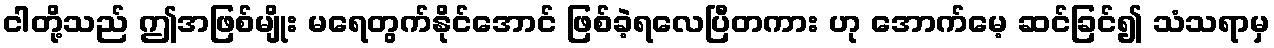
ငါတို့သည် ဤအဖြစ်မျိုး မရေတွက်နိုင်အောင် ဖြစ်ခဲ့ရလေပြီတကား ဟု အောက်မေ့ ဆင်ခြင်၍ သံသရာမှ